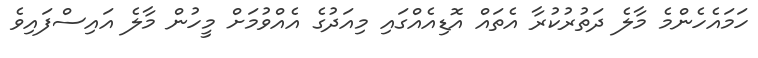
ހަމައެހެންމެ މާލެ ދަތުރުކުރާ އެތައް އޮޑިއެއްގައި މިއަދުގެ އެއްވުމަށް މީހުން މާލެ އައިސްފައިވެ